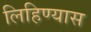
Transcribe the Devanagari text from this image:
लिहिण्‍यास